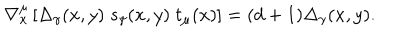
LaTeX: \nabla _ { x } ^ { \mu } \left[ \Delta _ { \gamma } ( x , y ) \; s _ { \gamma } ( x , y ) \; t _ { \mu } ( x ) \right] = ( d + 1 ) \Delta _ { \gamma } ( x , y ) .